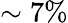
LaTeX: \sim 7\%